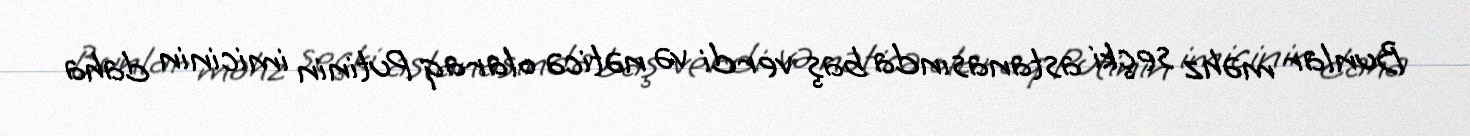
Bunlar məhz seçki astanasında baş verdi və nəticə olaraq Putinin imicinin daha